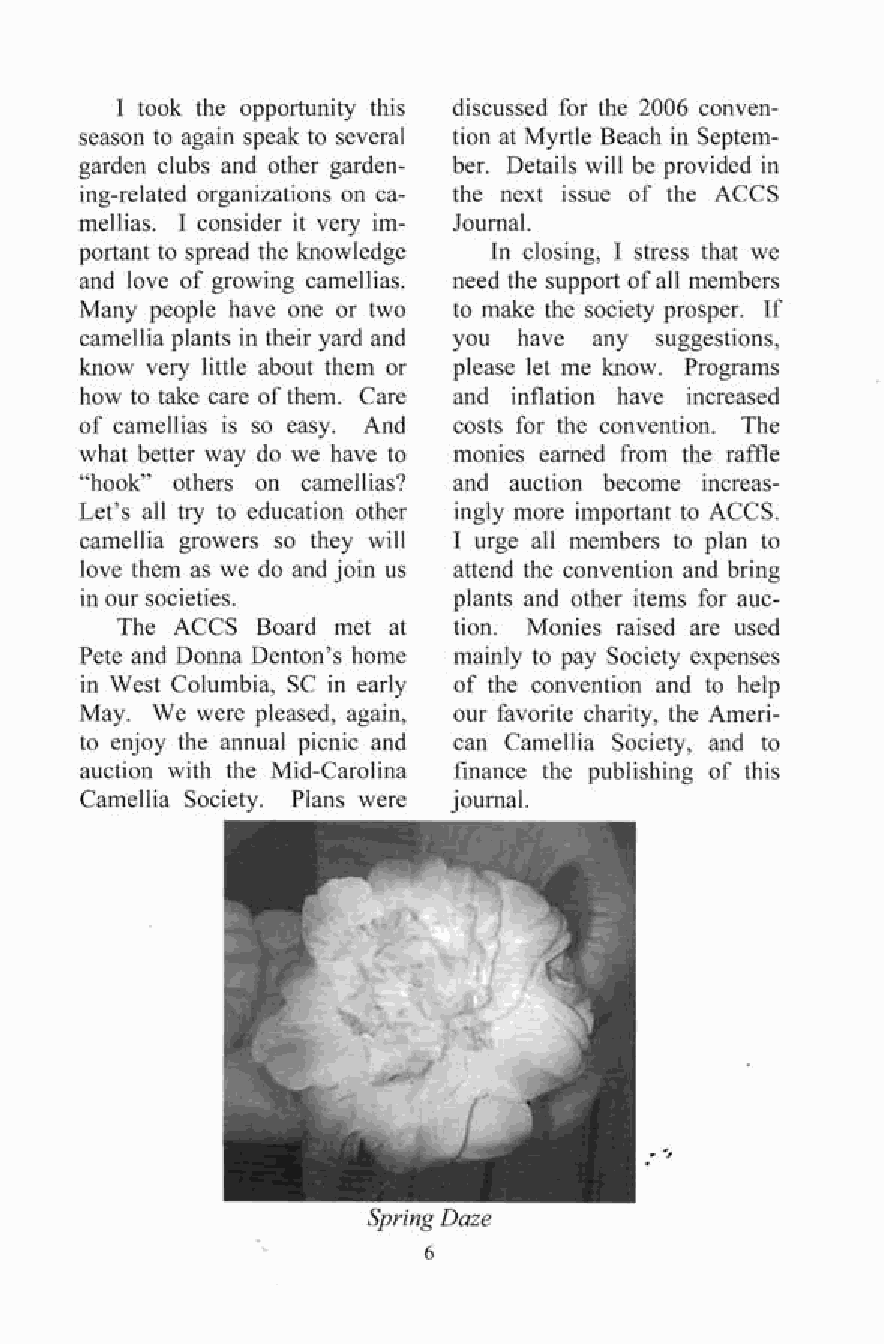
I took the opportunity this discussed for the 2006 conven­
 season to again speak to several tion at Myrtle Beach in Septem­
 garden clubs and other garden­ ber. Details will be provided in
 ing-related organizations on ca­ the next issue of the ACCS
 mellias. I consider it very im­ Journal.
 portant to spread the knowledge In closing, I stress that we
 and love of growing camellias. need the support of all members
 Many people have one or two to make the society prosper. If
 camellia plants in their yard and you have any suggestions,
 know very little about them or please let me know. Programs
 how to take care of them. Care and inflation have increased
 of camellias is so easy. And costs for the convention. The
 what better way do we have to monies earned from the raffle
 "hook" others on camellias? and auction become increas­
 Let's all try to education other ingly more important to ACCS.
 camellia growers so they will I urge all members to plan to
 love them as we do and join us attend the convention and bring
 in our societies.        plants and other items for auc­
 The ACCS Board met at tion. Monies raised are used
 Pete and Donna Denton's home mainly to pay Society expenses
 in West Columbia, SC in early of the convention and to help
 May. We were pleased, again, our favorite charity, the Ameri­
 to enjoy the annual picnic and can Camellia Society, and to
 auction with the Mid-Carolina finance the publishing of this
 Camellia Society. Plans were journal.
 Spring Daze
 6